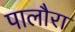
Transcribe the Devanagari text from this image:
पालौरा